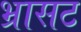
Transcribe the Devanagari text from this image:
भ्रासट